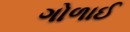
ગોળાઈ